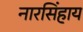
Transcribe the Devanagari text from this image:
नारसिंहाय